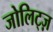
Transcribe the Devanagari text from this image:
जोलिट्ज़